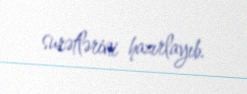
surətlərini hazırlayıb.